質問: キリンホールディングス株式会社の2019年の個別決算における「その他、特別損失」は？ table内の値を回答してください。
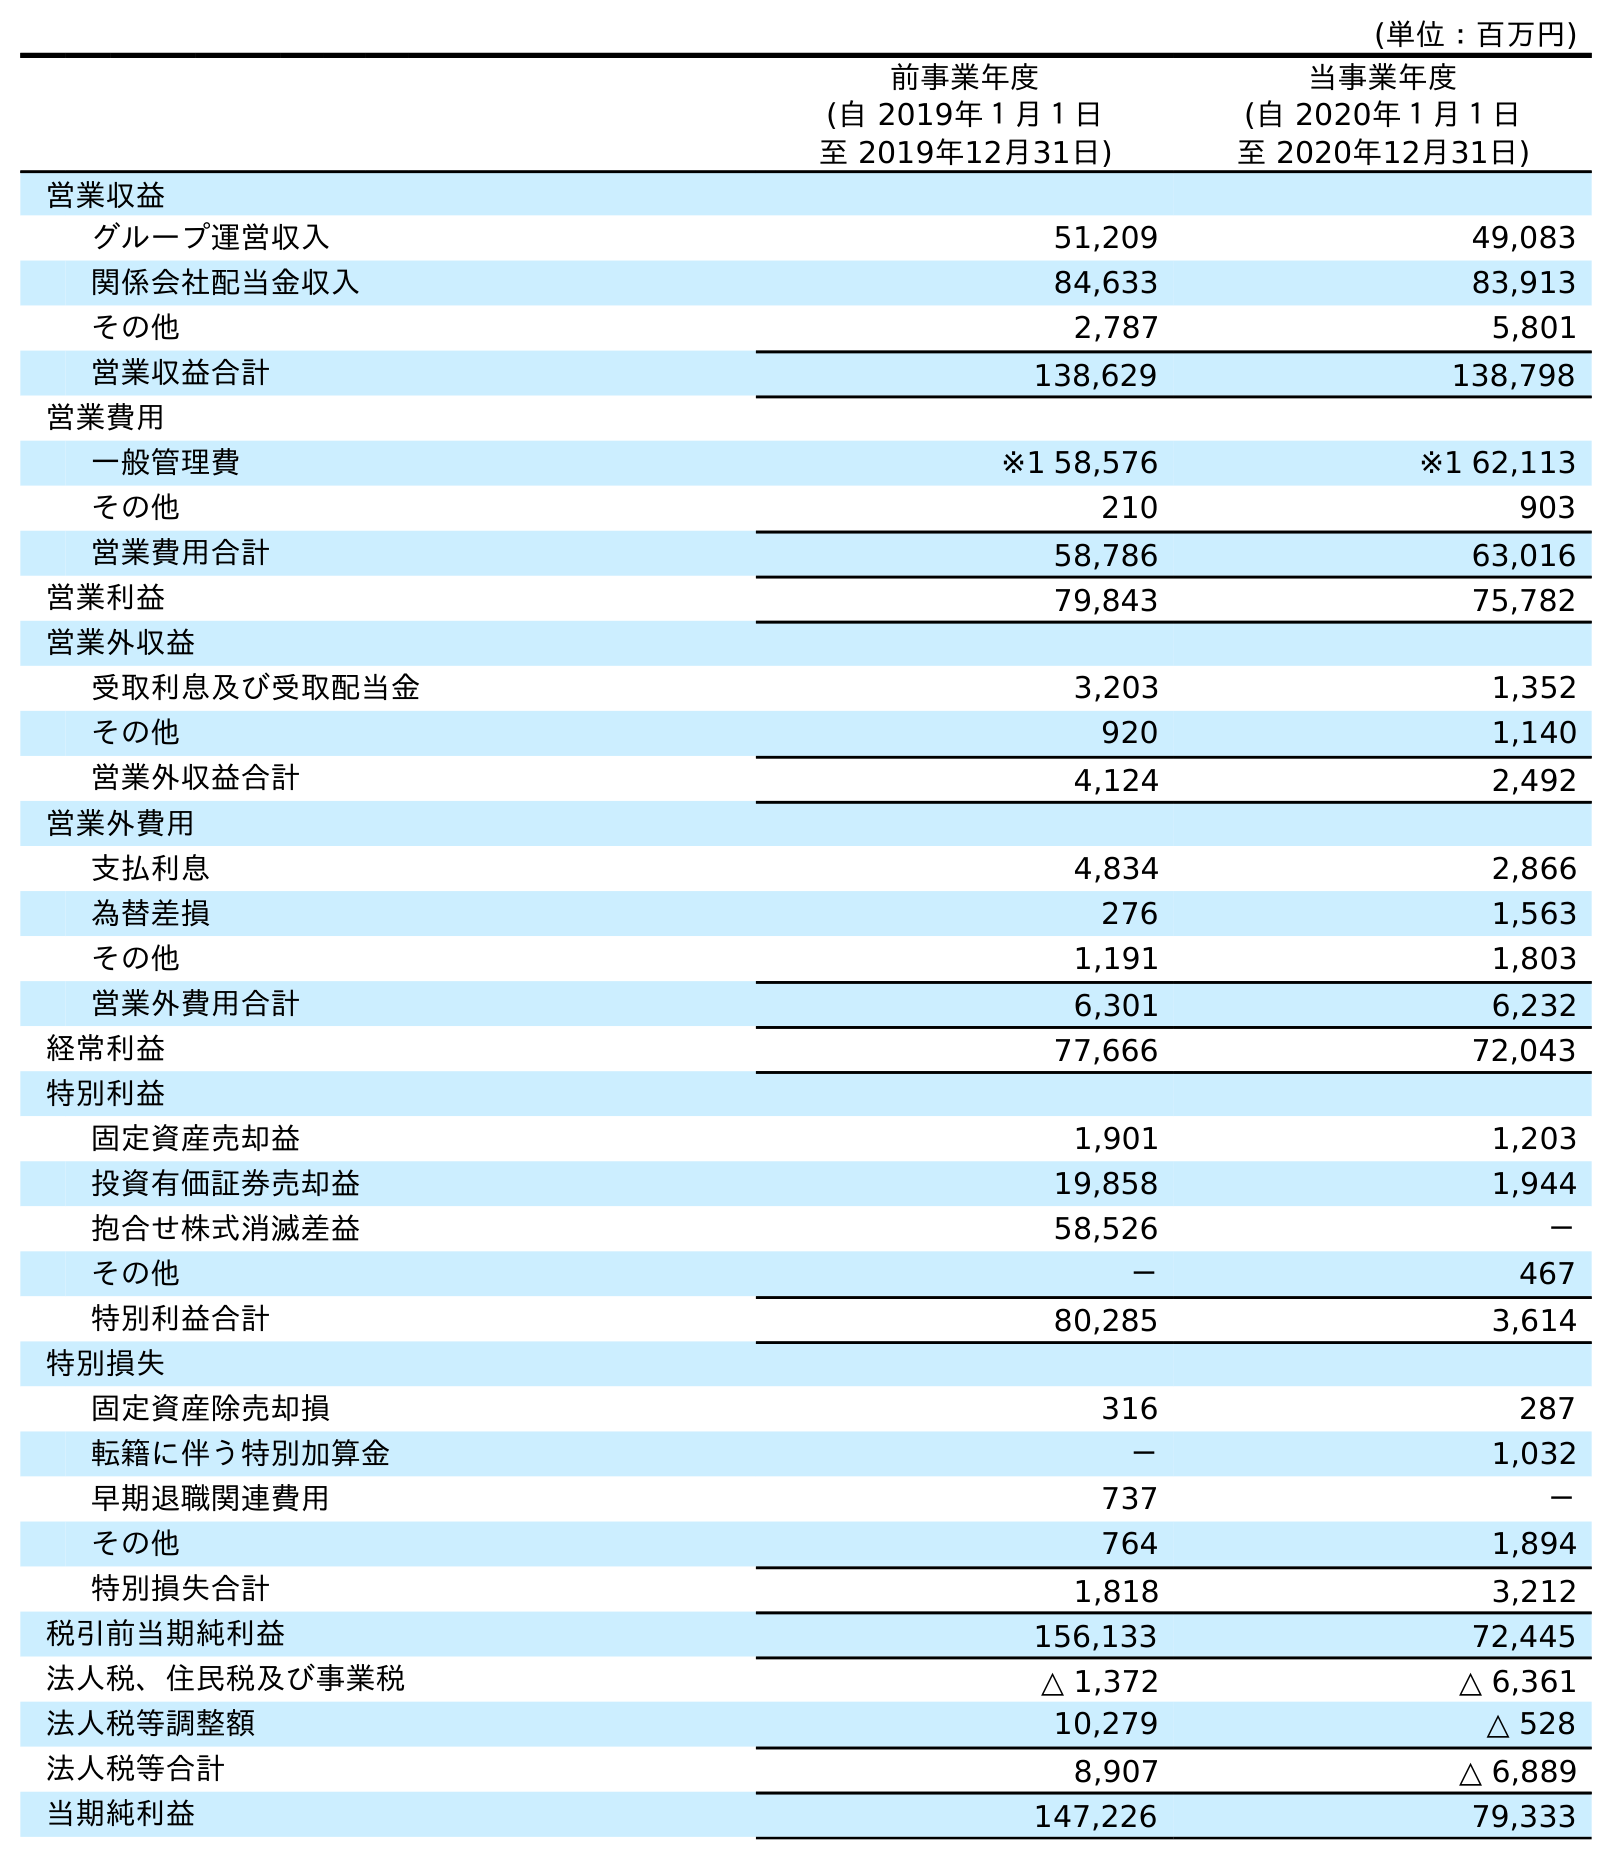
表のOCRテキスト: (単位：百万円) 前事業年度 (自 2019年１月１日 至 2019年12月31日) 当事業年度 (自 2020年１月１日 至 2020年12月31日) 営業収益 グループ運営収入 51,209 49,083 関係会社配当金収入 84,633 83,913 その他 2,787 5,801 営業収益合計 138,629 138,798 営業費用 一般管理費 ※1 58,576 ※1 62,113 その他 210 903 営業費用合計 58,786 63,016 営業利益 79,843 75,782 営業外収益 受取利息及び受取配当金 3,203 1,352 その他 920 1,140 営業外収益合計 4,124 2,492 営業外費用 支払利息 4,834 2,866 為替差損 276 1,563 その他 1,191 1,803 営業外費用合計 6,301 6,232 経常利益 77,666 72,043 特別利益 固定資産売却益 1,901 1,203 投資有価証券売却益 19,858 1,944 抱合せ株式消滅差益 58,526 － その他 － 467 特別利益合計 80,285 3,614 特別損失 固定資産除売却損 316 287 転籍に伴う特別加算金 － 1,032 早期退職関連費用 737 － その他 764 1,894 特別損失合計 1,818 3,212 税引前当期純利益 156,133 72,445 法人税、住民税及び事業税 △ 1,372 △ 6,361 法人税等調整額 10,279 △ 528 法人税等合計 8,907 △ 6,889 当期純利益 147,226 79,333
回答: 764